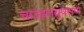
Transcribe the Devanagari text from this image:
चाउंडरायुपराण